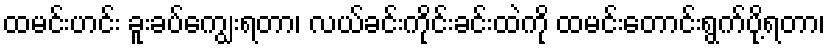
ထမင်းဟင်း ခူးခပ်ကျွေးရတာ၊ လယ်ခင်းကိုင်းခင်းထဲကို ထမင်းတောင်းရွက်ပို့ရတာ၊